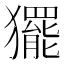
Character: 𭸰